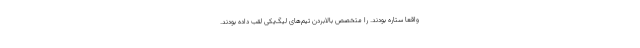
واقعاً ستاره بودند. را متخصص بالا‌بردن تیم‌های لیگ‌یکی لقب داده بودند.